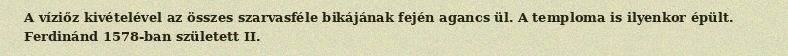
A víziőz kivételével az összes szarvasféle bikájának fején agancs ül. A temploma is ilyenkor épült. Ferdinánd 1578-ban született II.